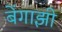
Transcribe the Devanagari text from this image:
बेंगाझी